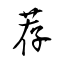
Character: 荐